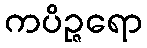
ကပိဉ္ဇရော